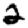
Digit: 2